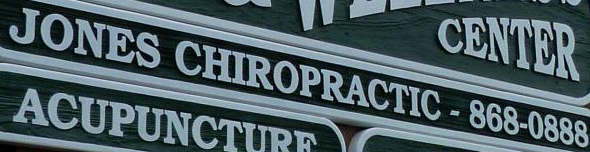
JONES CHIROPRACTIC - 868-0888